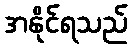
အနိုင်ရသည်